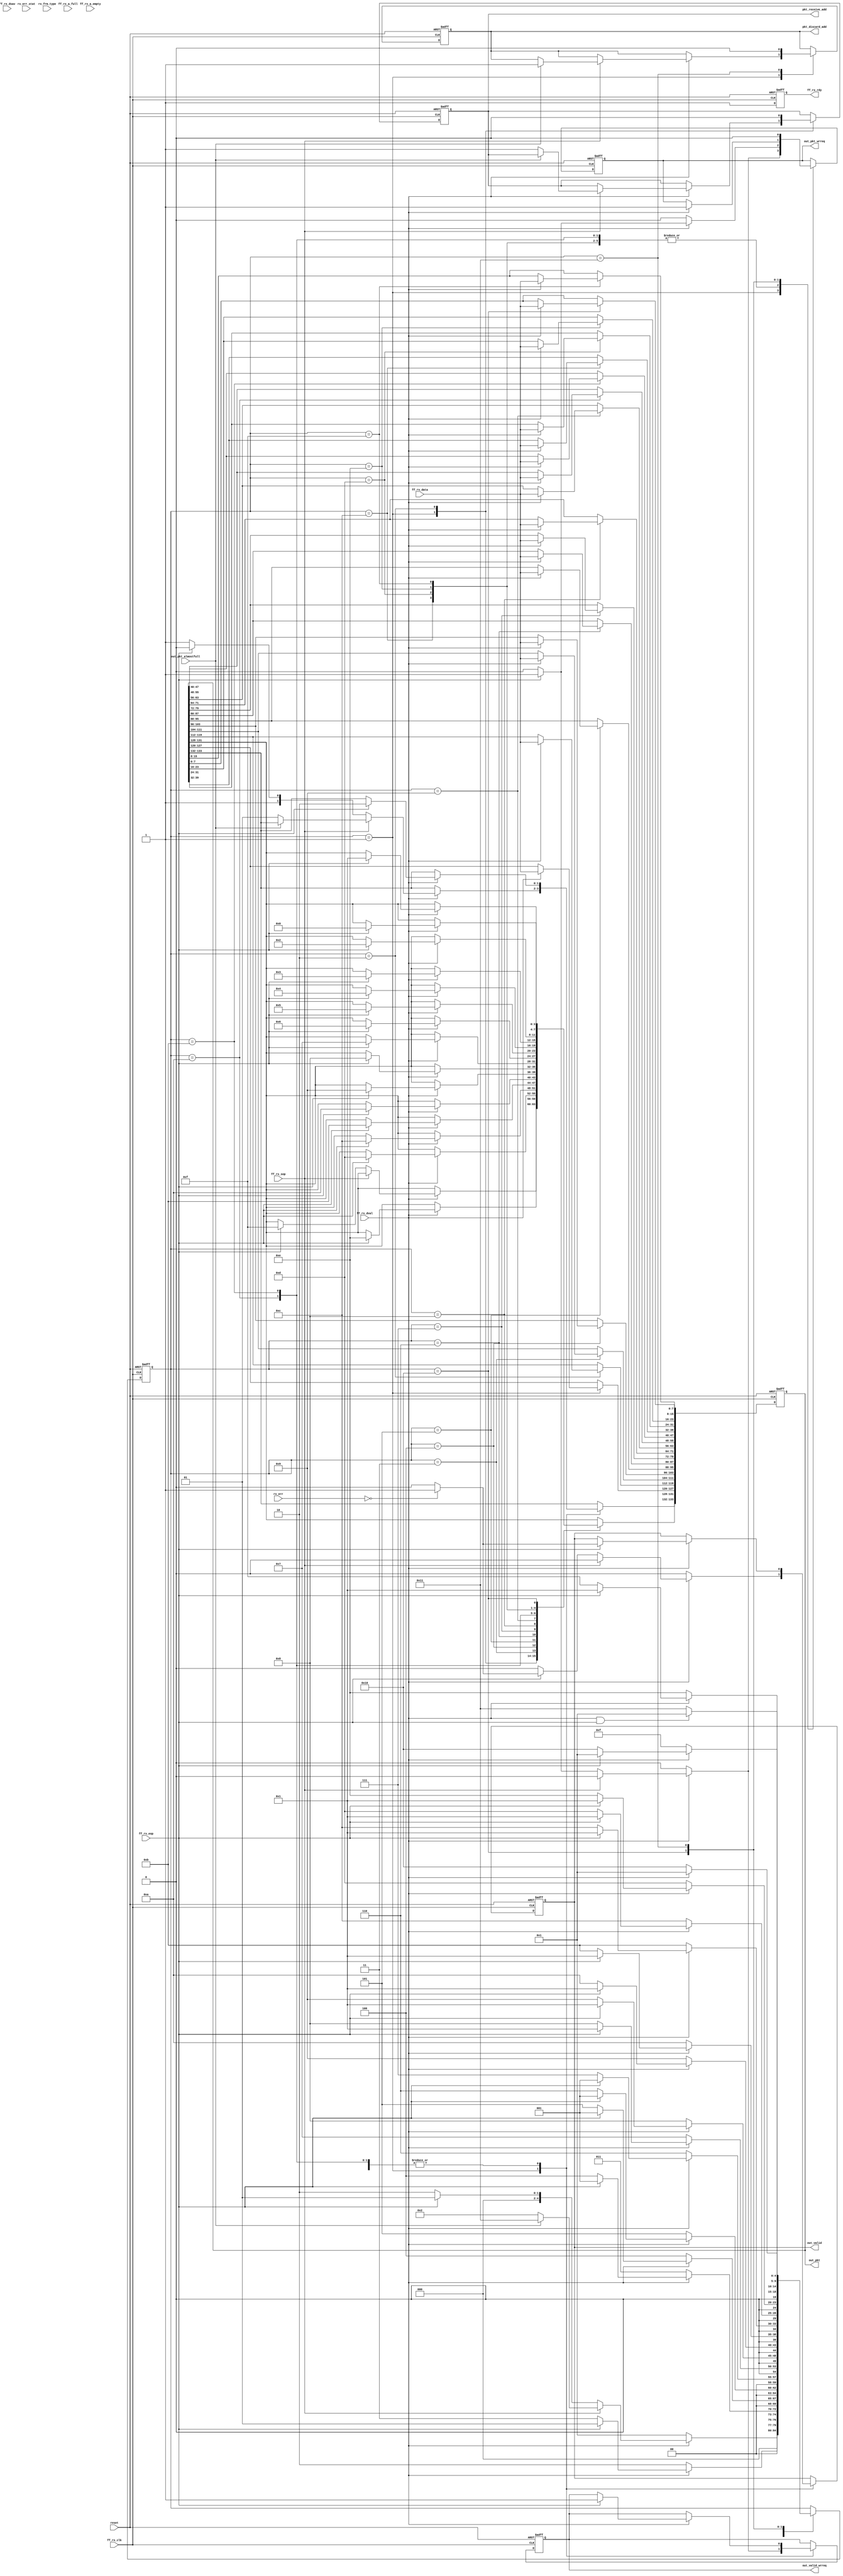
// ****************************************************************************
// Copyright		: 	NUDT.
// ============================================================================
// AUTHOR'S EMAIL	:	13973184419@163.com
// AUTHOR'S TEL		:	
// ============================================================================
// RELEASE 	HISTORY		-------------------------------------------------------
// VERSION 			DATE				AUTHOR				DESCRIPTION
// 1.0	   		2013-12-03		ZengQiang			Original Verison
// ============================================================================
// KEYWORDS 		: 	N/A
// ----------------------------------------------------------------------------
// PURPOSE 			: 	MAC core  output 8bit pkt format transform 134bit pkt format
// ----------------------------------------------------------------------------
// ============================================================================
// REUSE ISSUES
// Reset Strategy	:	Async clear,active high
// Clock Domains	:	ff_rx_clk
// Critical TiminG	:	N/A
// Instantiations	:	N/A
// Synthesizable	:	N/A
// Others			:	N/A
// ****************************************************************************


module SGMII_RX1
(reset,
ff_rx_clk,	
ff_rx_rdy,
ff_rx_data,
ff_rx_sop,
ff_rx_eop,
rx_err,	
rx_err_stat,
rx_frm_type,
ff_rx_dsav,
ff_rx_dval,
ff_rx_a_full,
ff_rx_a_empty,

pkt_receive_add,
pkt_discard_add,

out_pkt_wrreq,
out_pkt,
out_pkt_almostfull,
out_valid_wrreq,
out_valid
);

input					reset;
input					ff_rx_clk;
output				ff_rx_rdy;
input		[7:0]		ff_rx_data;
input					ff_rx_sop;
input					ff_rx_eop;
input		[5:0]		rx_err;
input		[17:0]	rx_err_stat;
input		[3:0]		rx_frm_type;
input					ff_rx_dsav;
input					ff_rx_dval;
input					ff_rx_a_full;
input					ff_rx_a_empty;

output				pkt_receive_add;
output				pkt_discard_add;

output				out_pkt_wrreq;
output	[133:0]	out_pkt;
input					out_pkt_almostfull;
output				out_valid_wrreq;
output				out_valid;

reg					ff_rx_rdy;

reg					pkt_receive_add;
reg					pkt_discard_add;

reg					out_pkt_wrreq;
reg		[133:0]	out_pkt;
reg					out_valid_wrreq;
reg					out_valid;
reg [4:0]current_state;
parameter 	//idle_s				=	5'b00000,
				transmit_byte0_s	=	5'b00001,
				transmit_byte1_s	=	5'b00010,
				transmit_byte2_s	=	5'b00011,
				transmit_byte3_s	=	5'b00100,
				transmit_byte4_s	=	5'b00101,
				transmit_byte5_s	=	5'b00110,
				transmit_byte6_s	=	5'b00111,
				transmit_byte7_s	=	5'b01000,
				transmit_byte8_s	=	5'b01001,
				transmit_byte9_s	=	5'b01010,
				transmit_byte10_s	=	5'b01011,
				transmit_byte11_s	=	5'b01100,
				transmit_byte12_s	=	5'b01101,
				transmit_byte13_s	=	5'b01110,
				transmit_byte14_s	=	5'b01111,
				transmit_byte15_s	=	5'b10000,
				discard_s			=	5'b10001;

				
always@(posedge ff_rx_clk or negedge reset)
if(!reset)	begin
	ff_rx_rdy				<=	1'b0;
	out_pkt_wrreq			<=	1'b0;
	out_pkt					<=	134'b0;
	out_valid_wrreq		<=	1'b0;
	out_valid				<=	1'b0;
	pkt_receive_add		<=	1'b0;
	pkt_discard_add		<=	1'b0;
	current_state			<=	transmit_byte0_s;
	end
	else begin
		ff_rx_rdy				<=	1'b1;
		case(current_state)
			transmit_byte0_s:	begin
				out_valid_wrreq	<=	1'b0;
				out_valid			<=	1'b0;
				out_pkt_wrreq		<=	1'b0;
				if(ff_rx_dval	==	1'b1)	begin//data valid 
					out_pkt[127:120]	<=	ff_rx_data;
					if(ff_rx_sop	==	1'b1)	begin	//pkt head					
						if(!out_pkt_almostfull)	begin//FIFO can receive a 1518B pkt
							out_pkt[133:132]	<=	2'b01;
							pkt_receive_add	<=	1'b1;
							current_state		<=	transmit_byte1_s;
							end
							else begin
								pkt_discard_add		<=	1'b1;
								current_state			<=	discard_s;
								end
							
						end
						else if(ff_rx_eop	==	1'b1)	begin//pkt tail
							out_pkt[133:132]	<=	2'b10;
							out_pkt[131:128]	<=	4'b1111;
							out_pkt_wrreq		<=	1'b1;
							if(rx_err	==	6'b0)	begin//pkt error
								out_valid_wrreq	<=	1'b1;
								out_valid			<=	1'b1;
								end
								else	begin
									out_valid_wrreq	<=	1'b1;
									out_valid			<=	1'b0;
									end
							current_state		<=	transmit_byte0_s;
							end
							else	begin
								out_pkt[133:132]	<=	2'b11;
								current_state		<=	transmit_byte1_s;
								end
							
					end
					else	begin
						current_state			<=	transmit_byte0_s;
						end											
				end
			transmit_byte1_s:	begin
				out_pkt_wrreq		<=	1'b0;
				pkt_receive_add	<=	1'b0;
				if(ff_rx_dval	==	1'b1)	begin//data valid
					out_pkt[119:112]	<=	ff_rx_data;
					if(ff_rx_eop	==	1'b1)	begin//pkt head
							out_pkt[133:132]	<=	2'b10;
							out_pkt[131:128]	<=	4'b1110;
							out_pkt_wrreq		<=	1'b1;
							if(rx_err	==	6'b0)	begin//pkt error
								out_valid_wrreq	<=	1'b1;
								out_valid			<=	1'b1;
								end
								else	begin
									out_valid_wrreq	<=	1'b1;
									out_valid			<=	1'b0;
									end
							current_state		<=	transmit_byte0_s;
							end
							else	begin
								//out_pkt[133:132]	<=	2'b11;
								current_state		<=	transmit_byte2_s;
								end
							
					end
					else	begin
						current_state			<=	transmit_byte1_s;
						end											
				end
			transmit_byte2_s:	begin
				out_pkt_wrreq		<=	1'b0;
				if(ff_rx_dval	==	1'b1)	begin
					out_pkt[111:104]	<=	ff_rx_data;
					if(ff_rx_eop	==	1'b1)	begin
							out_pkt[133:132]	<=	2'b10;
							out_pkt[131:128]	<=	4'b1101;
							out_pkt_wrreq		<=	1'b1;
							if(rx_err	==	6'b0)	begin
								out_valid_wrreq	<=	1'b1;
								out_valid			<=	1'b1;
								end
								else	begin
									out_valid_wrreq	<=	1'b1;
									out_valid			<=	1'b0;
									end
							current_state		<=	transmit_byte0_s;
							end
							else	begin
								//out_pkt[133:132]	<=	2'b11;
								current_state		<=	transmit_byte3_s;
								end
							
					end
					else	begin
						current_state			<=	transmit_byte2_s;
						end											
				end
			transmit_byte3_s:	begin
				out_pkt_wrreq		<=	1'b0;
				if(ff_rx_dval	==	1'b1)	begin
					out_pkt[103:96]	<=	ff_rx_data;
					if(ff_rx_eop	==	1'b1)	begin
							out_pkt[133:132]	<=	2'b10;
							out_pkt[131:128]	<=	4'b1100;
							out_pkt_wrreq		<=	1'b1;
							if(rx_err	==	6'b0)	begin
								out_valid_wrreq	<=	1'b1;
								out_valid			<=	1'b1;
								end
								else	begin
									out_valid_wrreq	<=	1'b1;
									out_valid			<=	1'b0;
									end
							current_state		<=	transmit_byte0_s;
							end
							else	begin
								//out_pkt[133:132]	<=	2'b11;
								current_state		<=	transmit_byte4_s;
								end
							
					end
					else	begin
						current_state			<=	transmit_byte3_s;
						end											
				end
			transmit_byte4_s:	begin
				out_pkt_wrreq		<=	1'b0;
				if(ff_rx_dval	==	1'b1)	begin
					out_pkt[95:88]	<=	ff_rx_data;
					if(ff_rx_eop	==	1'b1)	begin
							out_pkt[133:132]	<=	2'b10;
							out_pkt[131:128]	<=	4'b1011;
							out_pkt_wrreq		<=	1'b1;
							if(rx_err	==	6'b0)	begin
								out_valid_wrreq	<=	1'b1;
								out_valid			<=	1'b1;
								end
								else	begin
									out_valid_wrreq	<=	1'b1;
									out_valid			<=	1'b0;
									end
							current_state		<=	transmit_byte0_s;
							end
							else	begin
								//out_pkt[133:132]	<=	2'b11;
								current_state		<=	transmit_byte5_s;
								end
							
					end
					else	begin
						current_state			<=	transmit_byte4_s;
						end											
				end
			transmit_byte5_s:	begin
				out_pkt_wrreq		<=	1'b0;
				if(ff_rx_dval	==	1'b1)	begin
					out_pkt[87:80]	<=	ff_rx_data;
					if(ff_rx_eop	==	1'b1)	begin
							out_pkt[133:132]	<=	2'b10;
							out_pkt[131:128]	<=	4'b1010;
							out_pkt_wrreq		<=	1'b1;
							if(rx_err	==	6'b0)	begin
								out_valid_wrreq	<=	1'b1;
								out_valid			<=	1'b1;
								end
								else	begin
									out_valid_wrreq	<=	1'b1;
									out_valid			<=	1'b0;
									end
							current_state		<=	transmit_byte0_s;
							end
							else	begin
								//out_pkt[133:132]	<=	2'b11;
								current_state		<=	transmit_byte6_s;
								end
							
					end
					else	begin
						current_state			<=	transmit_byte5_s;
						end											
				end
			transmit_byte6_s:	begin
				out_pkt_wrreq		<=	1'b0;
				if(ff_rx_dval	==	1'b1)	begin
					out_pkt[79:72]	<=	ff_rx_data;
					if(ff_rx_eop	==	1'b1)	begin
							out_pkt[133:132]	<=	2'b10;
							out_pkt[131:128]	<=	4'b1001;
							out_pkt_wrreq		<=	1'b1;
							if(rx_err	==	6'b0)	begin
								out_valid_wrreq	<=	1'b1;
								out_valid			<=	1'b1;
								end
								else	begin
									out_valid_wrreq	<=	1'b1;
									out_valid			<=	1'b0;
									end
							current_state		<=	transmit_byte0_s;
							end
							else	begin
								//out_pkt[133:132]	<=	2'b11;
								current_state		<=	transmit_byte7_s;
								end
							
					end
					else	begin
						current_state			<=	transmit_byte6_s;
						end											
				end
			transmit_byte7_s:	begin
				out_pkt_wrreq		<=	1'b0;
				if(ff_rx_dval	==	1'b1)	begin
					out_pkt[71:64]	<=	ff_rx_data;
					if(ff_rx_eop	==	1'b1)	begin
							out_pkt[133:132]	<=	2'b10;
							out_pkt[131:128]	<=	4'b1000;
							out_pkt_wrreq		<=	1'b1;
							if(rx_err	==	6'b0)	begin
								out_valid_wrreq	<=	1'b1;
								out_valid			<=	1'b1;
								end
								else	begin
									out_valid_wrreq	<=	1'b1;
									out_valid			<=	1'b0;
									end
							current_state		<=	transmit_byte0_s;
							end
							else	begin
								//out_pkt[133:132]	<=	2'b11;
								current_state		<=	transmit_byte8_s;
								end
							
					end
					else	begin
						current_state			<=	transmit_byte7_s;
						end											
				end
			transmit_byte8_s:	begin
				out_pkt_wrreq		<=	1'b0;
				if(ff_rx_dval	==	1'b1)	begin
					out_pkt[63:56]	<=	ff_rx_data;
					if(ff_rx_eop	==	1'b1)	begin
							out_pkt[133:132]	<=	2'b10;
							out_pkt[131:128]	<=	4'b0111;
							out_pkt_wrreq		<=	1'b1;
							if(rx_err	==	6'b0)	begin
								out_valid_wrreq	<=	1'b1;
								out_valid			<=	1'b1;
								end
								else	begin
									out_valid_wrreq	<=	1'b1;
									out_valid			<=	1'b0;
									end
							current_state		<=	transmit_byte0_s;
							end
							else	begin
								//out_pkt[133:132]	<=	2'b11;
								current_state		<=	transmit_byte9_s;
								end
							
					end
					else	begin
						current_state			<=	transmit_byte8_s;
						end											
				end
			transmit_byte9_s:	begin
				out_pkt_wrreq		<=	1'b0;
				if(ff_rx_dval	==	1'b1)	begin
					out_pkt[55:48]	<=	ff_rx_data;
					if(ff_rx_eop	==	1'b1)	begin
							out_pkt[133:132]	<=	2'b10;
							out_pkt[131:128]	<=	4'b0110;
							out_pkt_wrreq		<=	1'b1;
							if(rx_err	==	6'b0)	begin
								out_valid_wrreq	<=	1'b1;
								out_valid			<=	1'b1;
								end
								else	begin
									out_valid_wrreq	<=	1'b1;
									out_valid			<=	1'b0;
									end
							current_state		<=	transmit_byte0_s;
							end
							else	begin
								//out_pkt[133:132]	<=	2'b11;
								current_state		<=	transmit_byte10_s;
								end
							
					end
					else	begin
						current_state			<=	transmit_byte9_s;
						end											
				end
			transmit_byte10_s:	begin
				out_pkt_wrreq		<=	1'b0;
				if(ff_rx_dval	==	1'b1)	begin
					out_pkt[47:40]	<=	ff_rx_data;
					if(ff_rx_eop	==	1'b1)	begin
							out_pkt[133:132]	<=	2'b10;
							out_pkt[131:128]	<=	4'b0101;
							out_pkt_wrreq		<=	1'b1;
							if(rx_err	==	6'b0)	begin
								out_valid_wrreq	<=	1'b1;
								out_valid			<=	1'b1;
								end
								else	begin
									out_valid_wrreq	<=	1'b1;
									out_valid			<=	1'b0;
									end
							current_state		<=	transmit_byte0_s;
							end
							else	begin
								//out_pkt[133:132]	<=	2'b11;
								current_state		<=	transmit_byte11_s;
								end
							
					end
					else	begin
						current_state			<=	transmit_byte10_s;
						end											
				end
			transmit_byte11_s:	begin
				out_pkt_wrreq		<=	1'b0;
				if(ff_rx_dval	==	1'b1)	begin
					out_pkt[39:32]	<=	ff_rx_data;
					if(ff_rx_eop	==	1'b1)	begin
							out_pkt[133:132]	<=	2'b10;
							out_pkt[131:128]	<=	4'b0100;
							out_pkt_wrreq		<=	1'b1;
							if(rx_err	==	6'b0)	begin
								out_valid_wrreq	<=	1'b1;
								out_valid			<=	1'b1;
								end
								else	begin
									out_valid_wrreq	<=	1'b1;
									out_valid			<=	1'b0;
									end
							current_state		<=	transmit_byte0_s;
							end
							else	begin
								//out_pkt[133:132]	<=	2'b11;
								current_state		<=	transmit_byte12_s;
								end
							
					end
					else	begin
						current_state			<=	transmit_byte11_s;
						end											
				end
			transmit_byte12_s:	begin
				out_pkt_wrreq		<=	1'b0;
				if(ff_rx_dval	==	1'b1)	begin
					out_pkt[31:24]	<=	ff_rx_data;
					if(ff_rx_eop	==	1'b1)	begin
							out_pkt[133:132]	<=	2'b10;
							out_pkt[131:128]	<=	4'b0011;
							out_pkt_wrreq		<=	1'b1;
							if(rx_err	==	6'b0)	begin
								out_valid_wrreq	<=	1'b1;
								out_valid			<=	1'b1;
								end
								else	begin
									out_valid_wrreq	<=	1'b1;
									out_valid			<=	1'b0;
									end
							current_state		<=	transmit_byte0_s;
							end
							else	begin
								//out_pkt[133:132]	<=	2'b11;
								current_state		<=	transmit_byte13_s;
								end
							
					end
					else	begin
						current_state			<=	transmit_byte12_s;
						end											
				end
			transmit_byte13_s:	begin
				out_pkt_wrreq		<=	1'b0;
				if(ff_rx_dval	==	1'b1)	begin
					out_pkt[23:16]	<=	ff_rx_data;
					if(ff_rx_eop	==	1'b1)	begin
							out_pkt[133:132]	<=	2'b10;
							out_pkt[131:128]	<=	4'b0010;
							out_pkt_wrreq		<=	1'b1;
							if(rx_err	==	6'b0)	begin
								out_valid_wrreq	<=	1'b1;
								out_valid			<=	1'b1;
								end
								else	begin
									out_valid_wrreq	<=	1'b1;
									out_valid			<=	1'b0;
									end
							current_state		<=	transmit_byte0_s;
							end
							else	begin
								//out_pkt[133:132]	<=	2'b11;
								current_state		<=	transmit_byte14_s;
								end
							
					end
					else	begin
						current_state			<=	transmit_byte13_s;
						end											
				end
			transmit_byte14_s:	begin
				out_pkt_wrreq		<=	1'b0;
				if(ff_rx_dval	==	1'b1)	begin
					out_pkt[15:8]	<=	ff_rx_data;
					if(ff_rx_eop	==	1'b1)	begin
							out_pkt[133:132]	<=	2'b10;
							out_pkt[131:128]	<=	4'b0001;
							out_pkt_wrreq		<=	1'b1;
							if(rx_err	==	6'b0)	begin
								out_valid_wrreq	<=	1'b1;
								out_valid			<=	1'b1;
								end
								else	begin
									out_valid_wrreq	<=	1'b1;
									out_valid			<=	1'b0;
									end
							current_state		<=	transmit_byte0_s;
							end
							else	begin
								//out_pkt[133:132]	<=	2'b11;
								current_state		<=	transmit_byte15_s;
								end
							
					end
					else	begin
						current_state			<=	transmit_byte14_s;
						end											
				end
			transmit_byte15_s:	begin
				
				if(ff_rx_dval	==	1'b1)	begin
					out_pkt_wrreq		<=	1'b1;
					out_pkt[7:0]	<=	ff_rx_data;
					if(ff_rx_eop	==	1'b1)	begin
							out_pkt[133:132]	<=	2'b10;
							out_pkt[131:128]	<=	4'b0000;
							out_pkt_wrreq		<=	1'b1;
							if(rx_err	==	6'b0)	begin
								out_valid_wrreq	<=	1'b1;
								out_valid			<=	1'b1;
								end
								else	begin
									out_valid_wrreq	<=	1'b1;
									out_valid			<=	1'b0;
									end
							current_state		<=	transmit_byte0_s;
							end
							else	begin
								//out_pkt[133:132]	<=	2'b11;
								current_state		<=	transmit_byte0_s;
								end
							
					end
					else	begin
						current_state			<=	transmit_byte15_s;
						end											
				end
			discard_s:begin
				out_pkt_wrreq		<=	1'b0;
				pkt_discard_add	<=	1'b0;
				if((ff_rx_dval	==	1'b1)&&(ff_rx_eop	==	1'b1))begin
					current_state		<=	transmit_byte0_s;
					end
					else	begin
						current_state		<=	discard_s;
						end
				end
			endcase
		end
endmodule